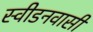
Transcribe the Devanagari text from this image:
स्वीडनवासी